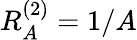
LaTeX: R_{A}^{(2)}=1/A